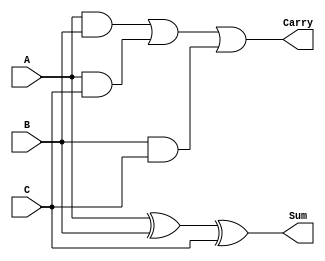
module ModifiedCarrySaveAdder #(parameter N = 8) (
    input  [N-1:0] A,  // First operand
    input  [N-1:0] B,  // Second operand
    input  [N-1:0] C,  // Third operand
    output [N-1:0] Sum, // Sum output
    output [N-1:0] Carry // Carry output
);
    // Intermediate signals for carry generation
    wire [N-1:0] AB_and, AC_and, BC_and;
    wire [N-1:0] AB_xor, AC_xor, BC_xor;

    // Compute pairwise ANDs for carry generation
    assign AB_and = A & B;
    assign AC_and = A & C;
    assign BC_and = B & C;

    // Compute pairwise XORs for sum generation
    assign AB_xor = A ^ B;
    assign AC_xor = AB_xor ^ C; // Sum of A, B, and C

    // Generate carry bits by ORing the AND results
    assign Carry = AB_and | AC_and | BC_and;

    // The final sum output
    assign Sum = AC_xor;

endmodule